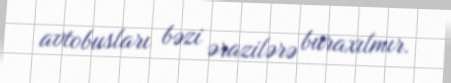
avtobusları bəzi ərazilərə buraxılmır.